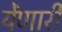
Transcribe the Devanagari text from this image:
येंणारी